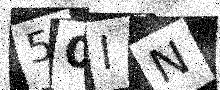
Text: 50IN